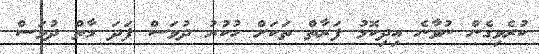
ކުރެވިގެން ނުވާނެ އިދިކޮޅު ފަރާތް ތަކަށް ހުކުރު ދުވަސް ފަދަ މާތް ދުވަސް